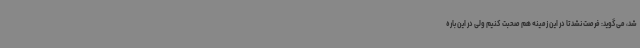
شد، می‌گوید: فرصت نشد تا در این زمینه هم صحبت کنیم ولی در این باره